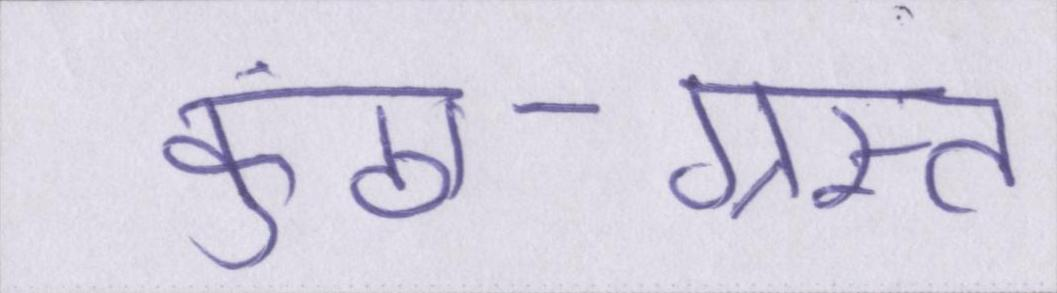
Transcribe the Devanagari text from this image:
कुंठा-ग्रस्त